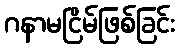
ဂနာမငြိမ်ဖြစ်ခြင်း